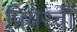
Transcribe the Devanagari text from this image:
पियेरची